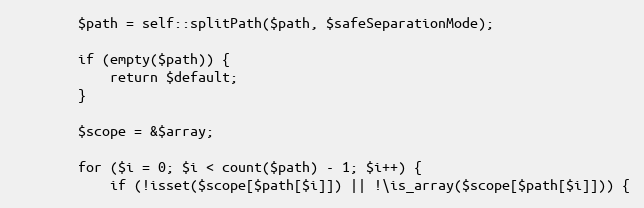
Language: PHP
        $path = self::splitPath($path, $safeSeparationMode);

        if (empty($path)) {
            return $default;
        }

        $scope = &$array;

        for ($i = 0; $i < count($path) - 1; $i++) {
            if (!isset($scope[$path[$i]]) || !\is_array($scope[$path[$i]])) {